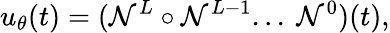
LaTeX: {u_{\theta}}(t)=(\mathcal{N}^{L}\circ\mathcal{N}^{L-1}...\ \mathcal{N}^{0})(t),